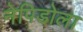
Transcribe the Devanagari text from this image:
नेपिडोला